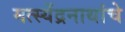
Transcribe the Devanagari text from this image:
मत्स्येंद्रनाथांचे